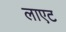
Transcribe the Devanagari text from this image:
लाएट